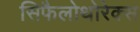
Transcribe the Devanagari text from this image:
सिफैलोथोरेक्स